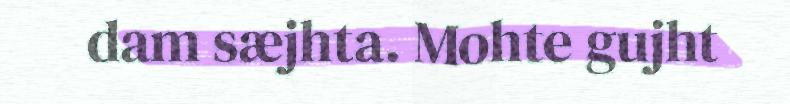
dam sæjhta. Mohte gujht